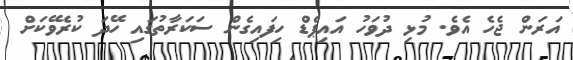
އަރަން ޖެހެ އެވެ. މުޅި ދުވަހު އައިޕެޑް ހިފައިގެން ސަކަރާތުގައި ހޭދަ ކުރެވޭކަށް